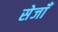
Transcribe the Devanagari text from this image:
सेजाँ